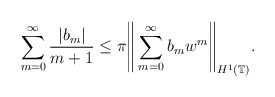
\begin{align*} \sum_{m=0}^\infty \frac{|b_m|}{m+1} \leq \pi \Bigg\|\sum_{m=0}^\infty b_m w^m\Bigg\|_{H^1(\mathbb{T})}.\end{align*}